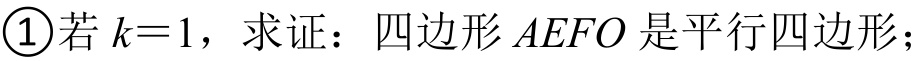
\textcircled{1}若\(k = 1\)，求证：四边形\(AEFO\)是平行四边形；